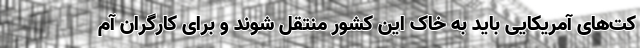
کت‌های آمریکایی باید به خاک این کشور منتقل شوند و برای کارگران آم